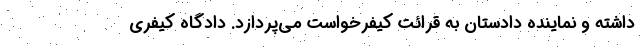
داشته و نماینده دادستان به قرائت کیفرخواست می‌پردازد. دادگاه کیفری